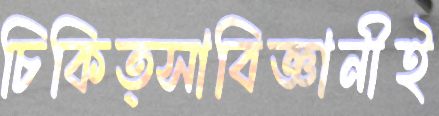
চিকিত্সাবিজ্ঞানীই